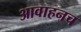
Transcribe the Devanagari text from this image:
आवाहनच